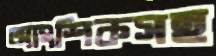
আংশিকসহ